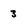
Character: 3